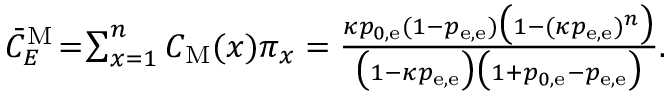
\begin{array} { r } { \bar { C } _ { E } ^ { \mathrm { M } } \! = \! \sum _ { x = 1 } ^ { n } C _ { \mathrm { M } } ( x ) \pi _ { x } = \frac { \kappa p _ { 0 , \mathrm { e } } ( 1 - p _ { \mathrm { e } , \mathrm { e } } ) \big ( 1 - ( \kappa p _ { \mathrm { e } , \mathrm { e } } ) ^ { n } \big ) } { \big ( 1 - \kappa p _ { \mathrm { e } , \mathrm { e } } \big ) \big ( 1 + p _ { 0 , \mathrm { e } } - p _ { \mathrm { e } , \mathrm { e } } \big ) } . } \end{array}